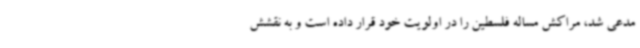
مدعی شد، مراکش مساله فلسطین را در اولویت خود قرار داده است و به نقشش